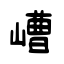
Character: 嶆